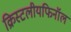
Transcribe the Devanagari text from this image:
क्रिस्टलीयफिनॉल